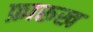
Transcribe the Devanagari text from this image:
फ़ारूख